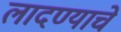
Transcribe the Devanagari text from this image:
लादण्याचे